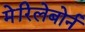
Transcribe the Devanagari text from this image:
मेरिलेबोर्न